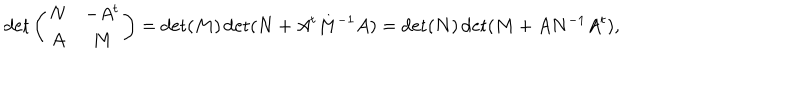
\det \left( \begin{array} { c c } { { N } } & { { - A ^ { t } } } \\ { { A } } & { { M } } \\ \end{array} \right) = \det ( M ) \det ( N + A ^ { t } M ^ { - 1 } A ) = \det ( N ) \det ( M + A N ^ { - 1 } A ^ { t } ) ,